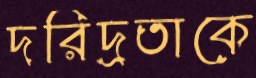
দরিদ্রতাকে